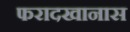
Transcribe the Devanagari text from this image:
फरादखानास